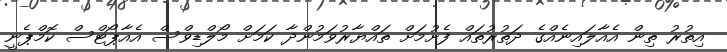
އިތުރު ތިން އެއާލައިނެއްގެ ދަތުރުތައް ފެށުމަށް ތައްޔާރުވަމުންދާ ކަމަށް މޯލްޑިވްސް އެއާޕޯޓްސް ކޮމްޕެނީ